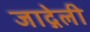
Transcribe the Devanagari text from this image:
जाद्गेली